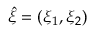
\hat { \xi } = ( \xi _ { 1 } , \xi _ { 2 } )